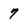
Character: 7